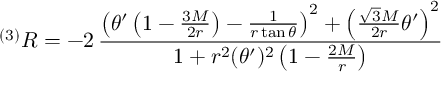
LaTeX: ^ { ( 3 ) } R = - 2 \, \frac { \left( \theta ^ { \prime } \left( 1 - \frac { 3 M } { 2 r } \right) - \frac { 1 } { r \tan \theta } \right) ^ { 2 } + \left( \frac { \sqrt { 3 } M } { 2 r } \theta ^ { \prime } \right) ^ { 2 } } { 1 + r ^ { 2 } ( \theta ^ { \prime } ) ^ { 2 } \left( 1 - \frac { 2 M } { r } \right) }